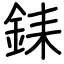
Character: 銇